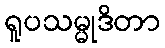
ရူပသမ္မုဒိတာ